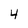
Character: 4